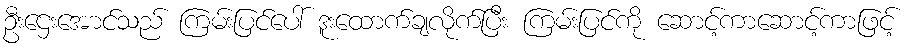
ဦးဌေးအောင်သည် ကြမ်းပြင်ပေါ် ဒူးထောက်ချလိုက်ပြီး ကြမ်းပြင်ကို ဆောင့်ကာဆောင့်ကာဖြင့်